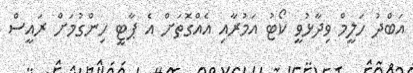
އަބްދު ހަލީމް ވިދާޅުވީ ކޯޓު އަމުރާއި އެއްގޮތަށް އެ ޕާޓީ ހިންގުމަށް ރައީސް